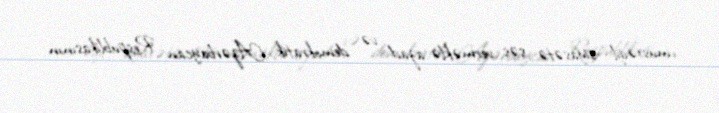
müstəqil siyasətə səs verməklə azad və demokratik Azərbaycan Respublikasının